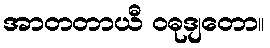
အာတတာယီ ဝဓုဒျတော။